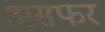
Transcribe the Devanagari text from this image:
असफर